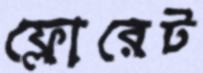
ফ্লোরেট